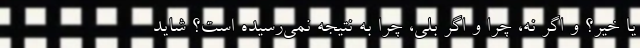
يا خير؟ و اگر نه، چرا و اگر بلي، چرا به نتيجه نمي‌رسيده است؟ شايد